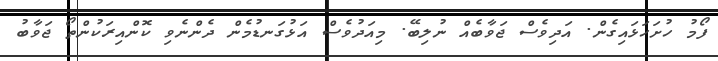
ފޯމު ހުށަހަޅައިގެން. އަދިވެސް ޖަވާބެއް ނުލިބޭ. މިއަދުވެސް އަޅުގަނޑުމެން ދެންނެވި ކޮންއިރަކުންތޯ ޖަވާބު